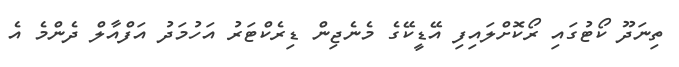
ތިނަދޫ ކޯޓުގައި ރޯކޮށްލައިފި އޭޑީކޭގެ މެނެޖިން ޑިރެކްޓަރު އަހުމަދު އަފްއާލް ދެންމެ އެ